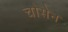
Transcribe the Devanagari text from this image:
चोसेन